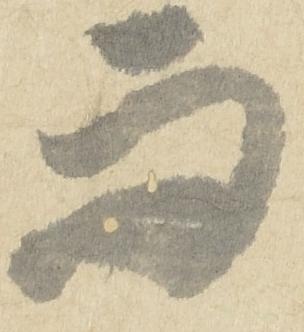
而